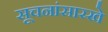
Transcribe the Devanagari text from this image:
सूचनांसारखे